system: You are a helpful assistant.
user:
Analyze the provided spectrum to determine if it is a **White Dwarf (WD)**.

A White Dwarf spectrum is defined by its **extreme purity** (due to gravitational settling) and/or **extreme pressure broadening** (due to high surface gravity). You must check for one of the following mutually exclusive signatures:

- **Key Visual Indicators (Check for ONE of these types):**

    - **1. DA-Type Signature (Most Common):**
        - **(Primary Feature):** Extreme pressure broadening (Stark broadening) of the **Hydrogen (H) Balmer lines**.
        - **(Key Lines):** $H\beta$ (approx. $4861$ Å) and $H\gamma$ (approx. $4340$ Å). $H\alpha$ (approx. $6563$ Å) will also be present if the wavelength range covers it.
        - **(Line Profile):** This is the **defining feature**. The lines are **NOT** sharp. They appear as massive, **extremely broad and deep "troughs" or "dips"** in the spectrum, often hundreds of Ångströms wide. The continuum will appear to "scoop" down at these wavelengths.
        - **(Distinction):** Normal A-type or B-type stars have *narrow* and *sharp* Hydrogen lines. A DA White Dwarf's lines are unmistakably "smeared" or "blurry" from pressure.

    - **2. DB-Type Signature:**
        - **(Primary Feature):** Broad absorption lines from **Neutral Helium (He I)**. The spectrum must lack any visible Hydrogen lines.
        - **(Key Lines):** Look for broad absorption near $4471$ Å, $4921$ Å, and $5876$ Å.
        - **(Line Profile):** These lines are also significantly pressure-broadened, appearing much wider than they would in a normal B-type main-sequence star.

    - **3. DC-Type Signature:**
        - **(Primary Feature):** A **featureless continuous spectrum**.
        - **(Line Profile):** The spectrum is a smooth curve with **no significant absorption or emission lines**.
        - **(Key Confirmation):** The continuum is almost always **blue or white**, indicating a hot object. This signature implies the atmosphere is so pure (or so cool) that no spectral lines are visible in the optical range. Its WD identity is confirmed by its extremely low intrinsic brightness (high absolute magnitude).

    - **4. DZ-Type Signature (Metal-Polluted):**
        - **(Primary Feature):** **Isolated, narrow metal absorption lines** on an otherwise featureless (DC-like) continuum.
        - **(Key Lines):** The **Calcium (Ca II) H & K doublet** (approx. **$3934$ Å** and **$3968$ Å**) is the most common and defining feature.
        - **(Line Profile):** These lines are "out of place." They are *not* part of a "forest" of thousands of lines. This signature is evidence of recent *accretion* (pollution) from rocky debris.
        - **(Distinction):** Normal G/K/M stars have a *dense forest* of thousands of metal lines. A DZ has a *clean* continuum with *only a few* strong metal lines.

    - **5. DQ-Type Signature (Carbon-Polluted):**
        - **(Primary Feature):** Absorption bands from **Carbon (C₂ "Swan Bands" or atomic C I)**.
        - **(Key Lines - C₂):** Look for bandheads with a "saw-tooth" shape near $5635$ Å, **$5165$ Å** (strongest), and $4737$ Å.
        - **(Key Confirmation):** The underlying **continuum must be blue or white** (hot).
        - **(Distinction):** This is the critical difference from a **Carbon Star**, which has the *exact same* C₂ bands but on an extremely **red, cool** continuum.

- **(Overall Spectrum):**
    - The continuum (overall shape) is typically **blue-sloping** (brighter in the blue than the red), as most white dwarfs are very hot.
    - The spectrum will look "pure" or "simple," dominated by only *one* of the five signatures listed above.

Think first, call **spectral_visualization_tool** if needed to examine features in detail, then provide your final answer. Your response must adhere to the following strict rules:
1.  **Overall Structure:** Your response must follow the format `<think>...</think> <tool_call>...</tool_call> (if a tool is used) <answer>...</answer>`.
2.  **Tool Usage Constraint:** You may only make **one** tool call per turn.
3.  **Final Answer Format:** In the `<answer>` tag, your conclusion must be inside a `\boxed{}` command (e.g., `\boxed{YES}` or `\boxed{NO}`), followed by your justification.

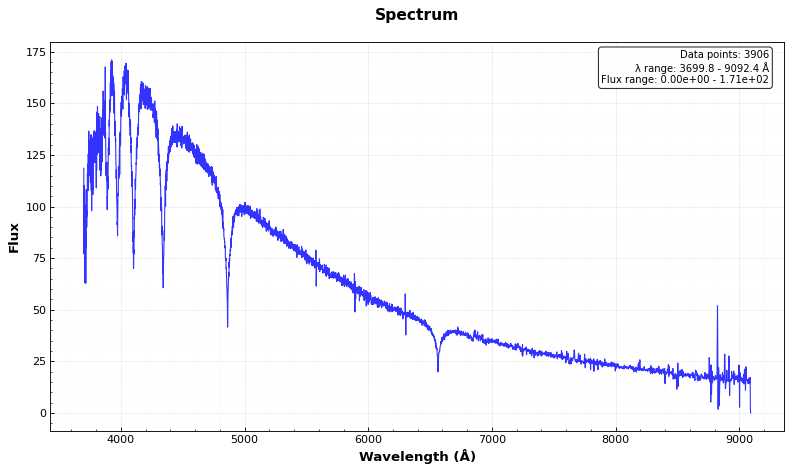
Answer: YES